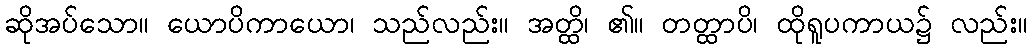
ဆိုအပ်သော။ ယောပိကာယော၊ သည်လည်း။ အတ္ထိ၊ ၏။ တတ္ထာပိ၊ ထိုရူပကာယ၌ လည်း။